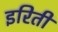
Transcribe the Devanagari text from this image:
इरिती